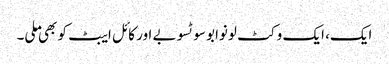
ایک، ایک وکٹ لونوابو سوٹسوبے اور کائل ایبٹ کو بھی ملی۔